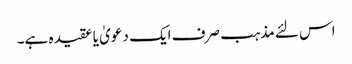
اس لئے مذہب صرف ایک دعویٰ یا عقیدہ ہے۔